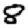
Digit: 8